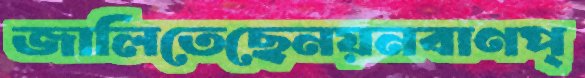
জালিতেছেনয়নবাণপ্